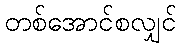
တစ်အောင်စလျှင်